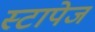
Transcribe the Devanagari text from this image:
स्टापेज